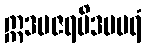
ဣဒမဇရမိဒမမရံ